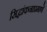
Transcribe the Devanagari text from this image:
सिद्धांकनाप्रमाणे